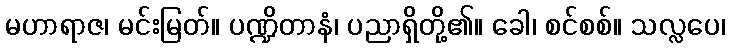
မဟာရာဇ၊ မင်းမြတ်။ ပဏ္ဍိတာနံ၊ ပညာရှိတို့၏။ ခေါ၊ စင်စစ်။ သလ္လပေ၊